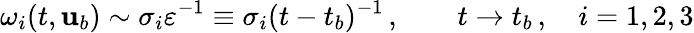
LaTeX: \omega_{i}(t,{\mathbf{u}}_{b})\sim\sigma_{i}\varepsilon^{-1}\equiv\sigma_{i}(t-t_{b})^{-1}\, ,\qquad t\to t_{b}\, ,\quad i=1,2,3